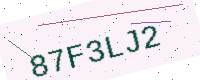
Text: 87F3LJ2